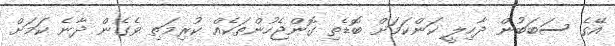
އޭގެ ސަބަބުން ދާހިލީ ކަންކަމަށް ބޮޑެތި ގޮންޖެހުންތަކެއް ކުރިމަތި ވެގެން ދާނެ ކަމަށް